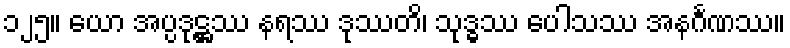
၁၂၅။ ယော အပ္ပဒုဋ္ဌဿ နရဿ ဒုဿတိ၊ သုဒ္ဓဿ ပေါသဿ အနင်္ဂဏဿ။